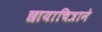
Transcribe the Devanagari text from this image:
छायाचित्राने